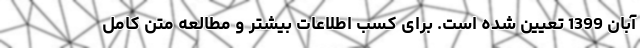
آبان 1399 تعیین شده است. برای کسب اطلاعات بیشتر و مطالعه متن کامل